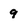
Character: 9